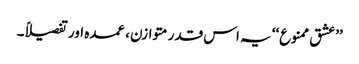
’’عشق ممنوع‘‘ یہ اس قدر متوازن، عمدہ اور تفصیلاً۔